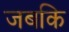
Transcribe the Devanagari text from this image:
जबकि